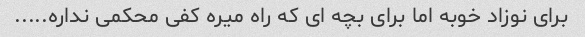
برای نوزاد خوبه اما برای بچه ای که راه میره کفی محکمی نداره.....